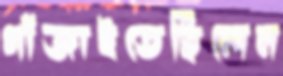
গাঁজাইতেছিলেন